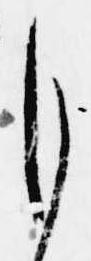
も